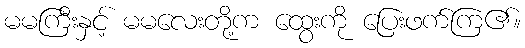
မမကြီးနှင့် မမလေးတို့က ထွေးကို ပြေးဖက်ကြ၏။